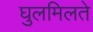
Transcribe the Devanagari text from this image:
घुलमिलते